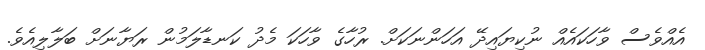
އެއްވެސް ވާހަކައެއް ނުކިޔައިދޭ އަހަންނަކަށް. ރުހާގެ ވާހަކަ މެދު ކަނޑާލަމުން ރަޔާނަށް ބަލާލިއެވެ.